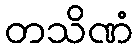
တသိဏံ